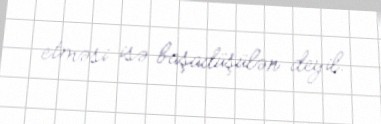
etməsi isə başadüşülən deyil.